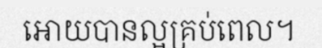
អោយបានល្អគ្រប់ពេល។